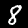
Digit: 8